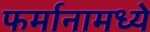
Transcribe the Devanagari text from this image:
फर्मानामध्ये